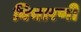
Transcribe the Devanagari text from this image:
विचारणी